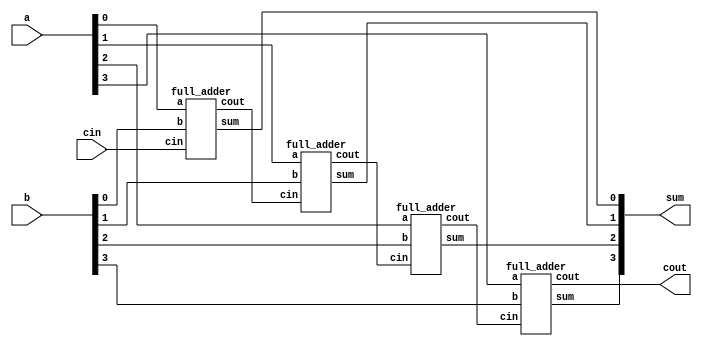

//4-bit ripple carry adder using full adder

module ripple_adder(  input [3:0] a, b,
                      input cin,
                      output [3:0] sum,
                      output cout);

    wire w1_co, w2_co, w3_co;

    full_adder f0(.a(a[0]), .b(b[0]), .cin(cin), .sum(sum[0]), .cout(w1_co));
    full_adder f1(.a(a[1]), .b(b[1]), .cin(w1_co), .sum(sum[1]), .cout(w2_co));
    full_adder f2(.a(a[2]), .b(b[2]), .cin(w2_co), .sum(sum[2]), .cout(w3_co));
    full_adder f3(.a(a[3]), .b(b[3]), .cin(w3_co), .sum(sum[3]), .cout(cout));

endmodule

module full_adder( input a, b, cin,
                  output sum, cout);
	wire w1_sum, w2_cout, w3_cout;

	//Top-bottom approach
	half_adder h1(a,b,w1_sum, w2_cout);
	half_adder h2(w1_sum, cin, sum, w3_cout);
	or o1(cout, w3_cout, w2_cout);

endmodule


module half_adder( input a, b,
                  output sum, cout);
  assign sum = a ^ b;   // Bit-wise XOR operator
  assign cout = a & b;  // Bit-wise AND operator
endmodule